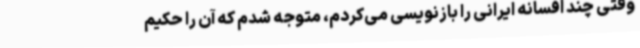
وقتی چند افسانه ایرانی را بازنویسی می‌کردم، متوجه شدم که آن را حکیم